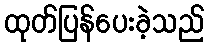
ထုတ်ပြန်ပေးခဲ့သည်